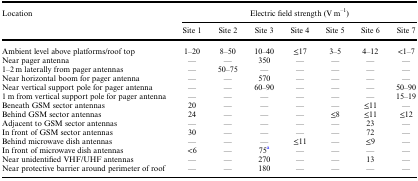
<table><thead><tr><td rowspan="2"><b>Location</b></td><td colspan="7"><b>Electric field strength (V m<sup>–1</sup>)</b></td></tr><tr><td><b>Site 1</b></td><td><b>Site 2</b></td><td><b>Site 3</b></td><td><b>Site 4</b></td><td><b>Site 5</b></td><td><b>Site 6</b></td><td><b>Site 7</b></td></tr></thead><tbody><tr><td>Ambient level above platforms/roof top</td><td>1–20</td><td>8–50</td><td>10–40</td><td>≤17</td><td>3–5</td><td>4–12</td><td>&lt;1–7</td></tr><tr><td>Near pager antenna</td><td>—</td><td>—</td><td>350</td><td>—</td><td>—</td><td>—</td><td>—</td></tr><tr><td>1–2 m laterally from pager antennas</td><td>—</td><td>50–75</td><td>—</td><td>—</td><td>—</td><td>—</td><td>—</td></tr><tr><td>Near horizontal boom for pager antenna</td><td>—</td><td>—</td><td>570</td><td>—</td><td>—</td><td>—</td><td>—</td></tr><tr><td>Near vertical support pole for pager antenna</td><td>—</td><td>—</td><td>60–90</td><td>—</td><td>—</td><td>—</td><td>50–90</td></tr><tr><td>1 m from vertical support pole for pager antenna</td><td>—</td><td>—</td><td>—</td><td>—</td><td>—</td><td>—</td><td>15–19</td></tr><tr><td>Beneath GSM sector antennas</td><td>20</td><td>—</td><td>—</td><td>—</td><td>—</td><td>≤11</td><td>—</td></tr><tr><td>Behind GSM sector antennas</td><td>24</td><td>—</td><td>—</td><td>—</td><td>≤8</td><td>≤11</td><td>≤12</td></tr><tr><td>Adjacent to GSM sector antennas</td><td>—</td><td>—</td><td>—</td><td>—</td><td>—</td><td>23</td><td>—</td></tr><tr><td>In front of GSM sector antennas</td><td>30</td><td>—</td><td>—</td><td>—</td><td>—</td><td>72</td><td>—</td></tr><tr><td>Behind microwave dish antennas</td><td>—</td><td>—</td><td>—</td><td>≤11</td><td>—</td><td>≤9</td><td>—</td></tr><tr><td>In front of microwave dish antennas</td><td>&lt;6</td><td>—</td><td>75<sup>a</sup></td><td>—</td><td>—</td><td>—</td><td>—</td></tr><tr><td>Near unidentified VHF/UHF antennas</td><td>—</td><td>—</td><td>270</td><td>—</td><td>—</td><td>13</td><td>—</td></tr><tr><td>Near protective barrier around perimeter of roof</td><td>—</td><td>—</td><td>180</td><td>—</td><td>—</td><td>—</td><td>—</td></tr></tbody></table>